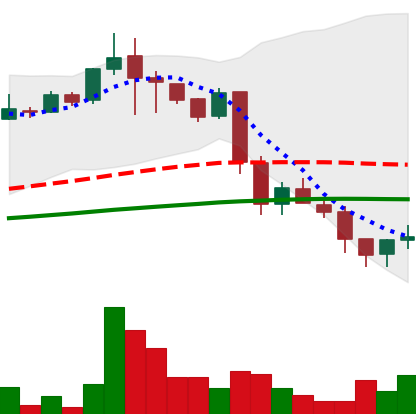
Ticker: LINK-USD
Chart end date: 2018-11-27
Forward return: 9.762%
Label: up_7plus